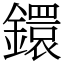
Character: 鐶